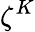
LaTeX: \zeta^{K}